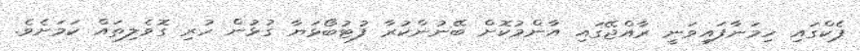
ޕެކްގައި ހިމަނާފައިވަނީ ރާއްޖޭގައި އާންމުކޮށް ބޭނުންކުރާ ފުޓުބޯޅަޔާ ގުޅުން ހުރި ގޮވެލިތައް ކަމަށެވެ.